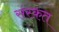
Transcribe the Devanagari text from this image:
संस्‍क़त